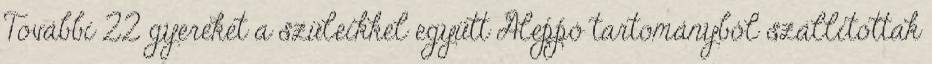
További 22 gyereket a szüleikkel együtt Aleppó tartományból szállítottak